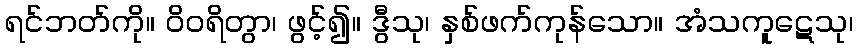
ရင်ဘတ်ကို။ ဝိဝရိတွာ၊ ဖွင့်၍။ ဒွီသု၊ နှစ်ဖက်ကုန်သော။ အံသကူဋေသု၊